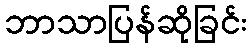
ဘာသာပြန်ဆိုခြင်း